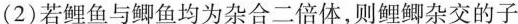
(2) 若鲤鱼与鲫鱼均为杂合二倍体，则鲤鲫杂交的子